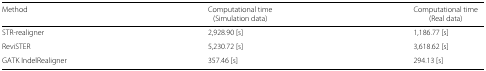
<table><thead><tr><td><b>Method</b></td><td><b>Computational time</b></td><td><b>Computational time</b></td></tr><tr><td></td><td><b>(Simulation data)</b></td><td><b>(Real data)</b></td></tr></thead><tbody><tr><td>STR-realigner</td><td>2,928.90 [s]</td><td>1,186.77 [s]</td></tr><tr><td>ReviSTER</td><td>5,230.72 [s]</td><td>3,618.62 [s]</td></tr><tr><td>GATK IndelRealigner</td><td>357.46 [s]</td><td>294.13 [s]</td></tr></tbody></table>